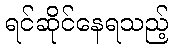
ရင်ဆိုင်နေရသည့်